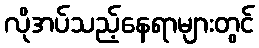
လိုအပ်သည့်နေရာများတွင်